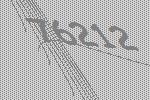
76212